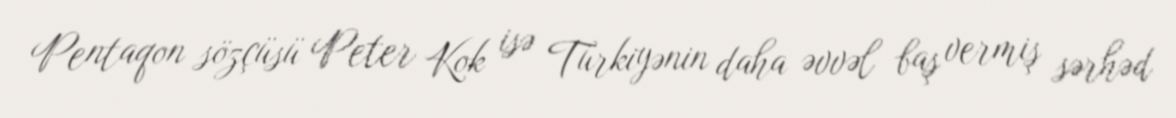
Pentaqon sözçüsü Peter Kok isə Türkiyənin daha əvvəl baş vermiş sərhəd